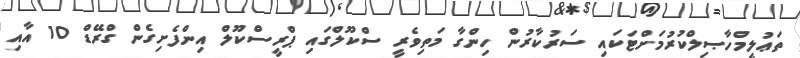
ތަޢުލީމްހާޞިލްކުރުމަށްޓަކައި ސަރުކާރުން ހިންގާ މަތިވެރީ ސްކޫލްގައި ޕްރީސްކޫލް އިންފެށިގެން ގްރޭޑް 10 އާއި